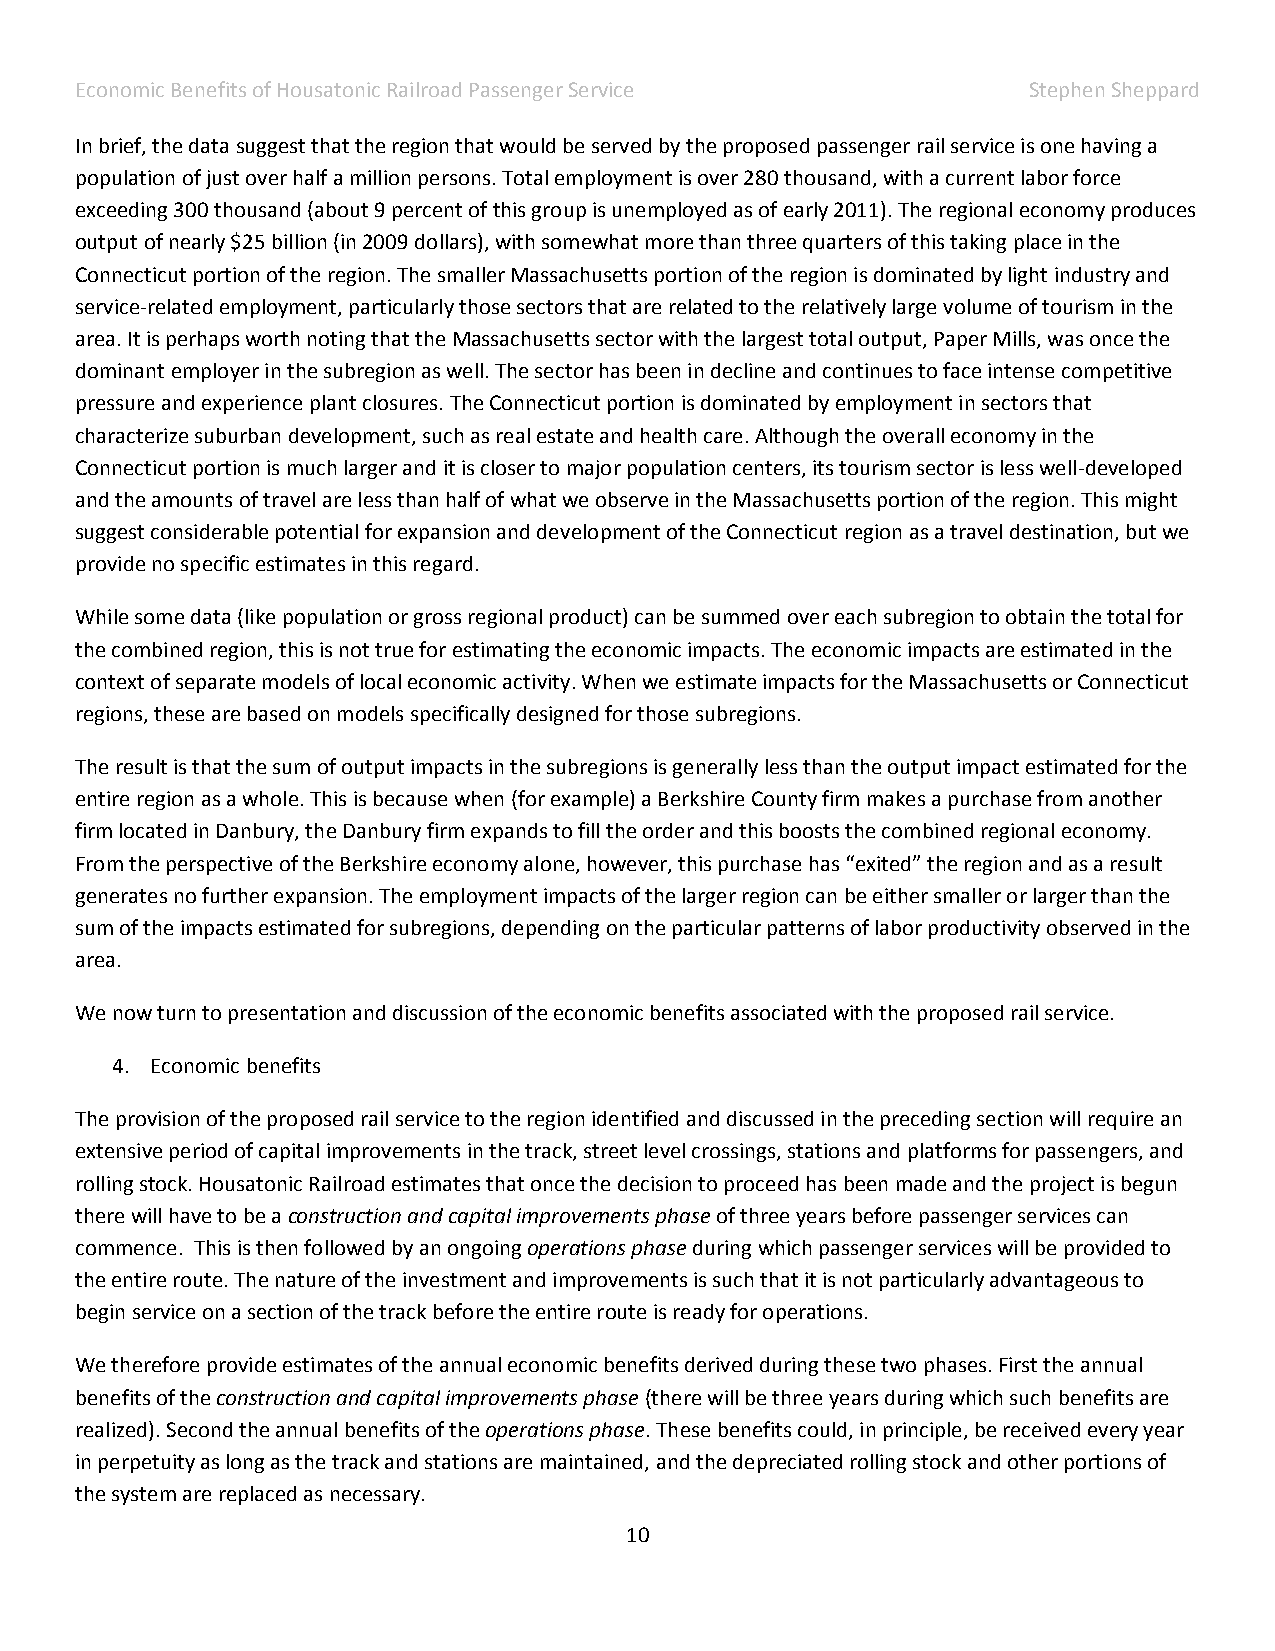
Economic Benefits of Housatonic Railroad Passenger Service     Stephen Sheppard
 In brief, the data suggest that the region that would be served by the proposed passenger rail service is one having a
 population of just over half a million persons. Total employment is over 280 thousand, with a current labor force
 exceeding 300 thousand (about 9 percent of this group is unemployed as of early 2011). The regional economy produces
 output of nearly $25 billion (in 2009 dollars), with somewhat more than three quarters of this taking place in the
 Connecticut portion of the region. The smaller Massachusetts portion of the region is dominated by light industry and
 service-related employment, particularly those sectors that are related to the relatively large volume of tourism in the
 area. It is perhaps worth noting that the Massachusetts sector with the largest total output, Paper Mills, was once the
 dominant employer in the subregion as well. The sector has been in decline and continues to face intense competitive
 pressure and experience plant closures. The Connecticut portion is dominated by employment in sectors that
 characterize suburban development, such as real estate and health care. Although the overall economy in the
 Connecticut portion is much larger and it is closer to major population centers, its tourism sector is less well-developed
 and the amounts of travel are less than half of what we observe in the Massachusetts portion of the region. This might
 suggest considerable potential for expansion and development of the Connecticut region as a travel destination, but we
 provide no specific estimates in this regard.
 While some data (like population or gross regional product) can be summed over each subregion to obtain the total for
 the combined region, this is not true for estimating the economic impacts. The economic impacts are estimated in the
 context of separate models of local economic activity. When we estimate impacts for the Massachusetts or Connecticut
 regions, these are based on models specifically designed for those subregions.
 The result is that the sum of output impacts in the subregions is generally less than the output impact estimated for the
 entire region as a whole. This is because when (for example) a Berkshire County firm makes a purchase from another
 firm located in Danbury, the Danbury firm expands to fill the order and this boosts the combined regional economy.
 From the perspective of the Berkshire economy alone, however, this purchase has “exited” the region and as a result
 generates no further expansion. The employment impacts of the larger region can be either smaller or larger than the
 sum of the impacts estimated for subregions, depending on the particular patterns of labor productivity observed in the
 area.
 We now turn to presentation and discussion of the economic benefits associated with the proposed rail service.
 4. Economic benefits
 The provision of the proposed rail service to the region identified and discussed in the preceding section will require an
 extensive period of capital improvements in the track, street level crossings, stations and platforms for passengers, and
 rolling stock. Housatonic Railroad estimates that once the decision to proceed has been made and the project is begun
 there will have to be a construction and capital improvements phase of three years before passenger services can
 commence. This is then followed by an ongoing operations phase during which passenger services will be provided to
 the entire route. The nature of the investment and improvements is such that it is not particularly advantageous to
 begin service on a section of the track before the entire route is ready for operations.
 We therefore provide estimates of the annual economic benefits derived during these two phases. First the annual
 benefits of the construction and capital improvements phase (there will be three years during which such benefits are
 realized). Second the annual benefits of the operations phase. These benefits could, in principle, be received every year
 in perpetuity as long as the track and stations are maintained, and the depreciated rolling stock and other portions of
 the system are replaced as necessary.
 10